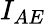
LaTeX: I_{AE}